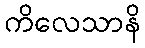
ကိလေသာနိ